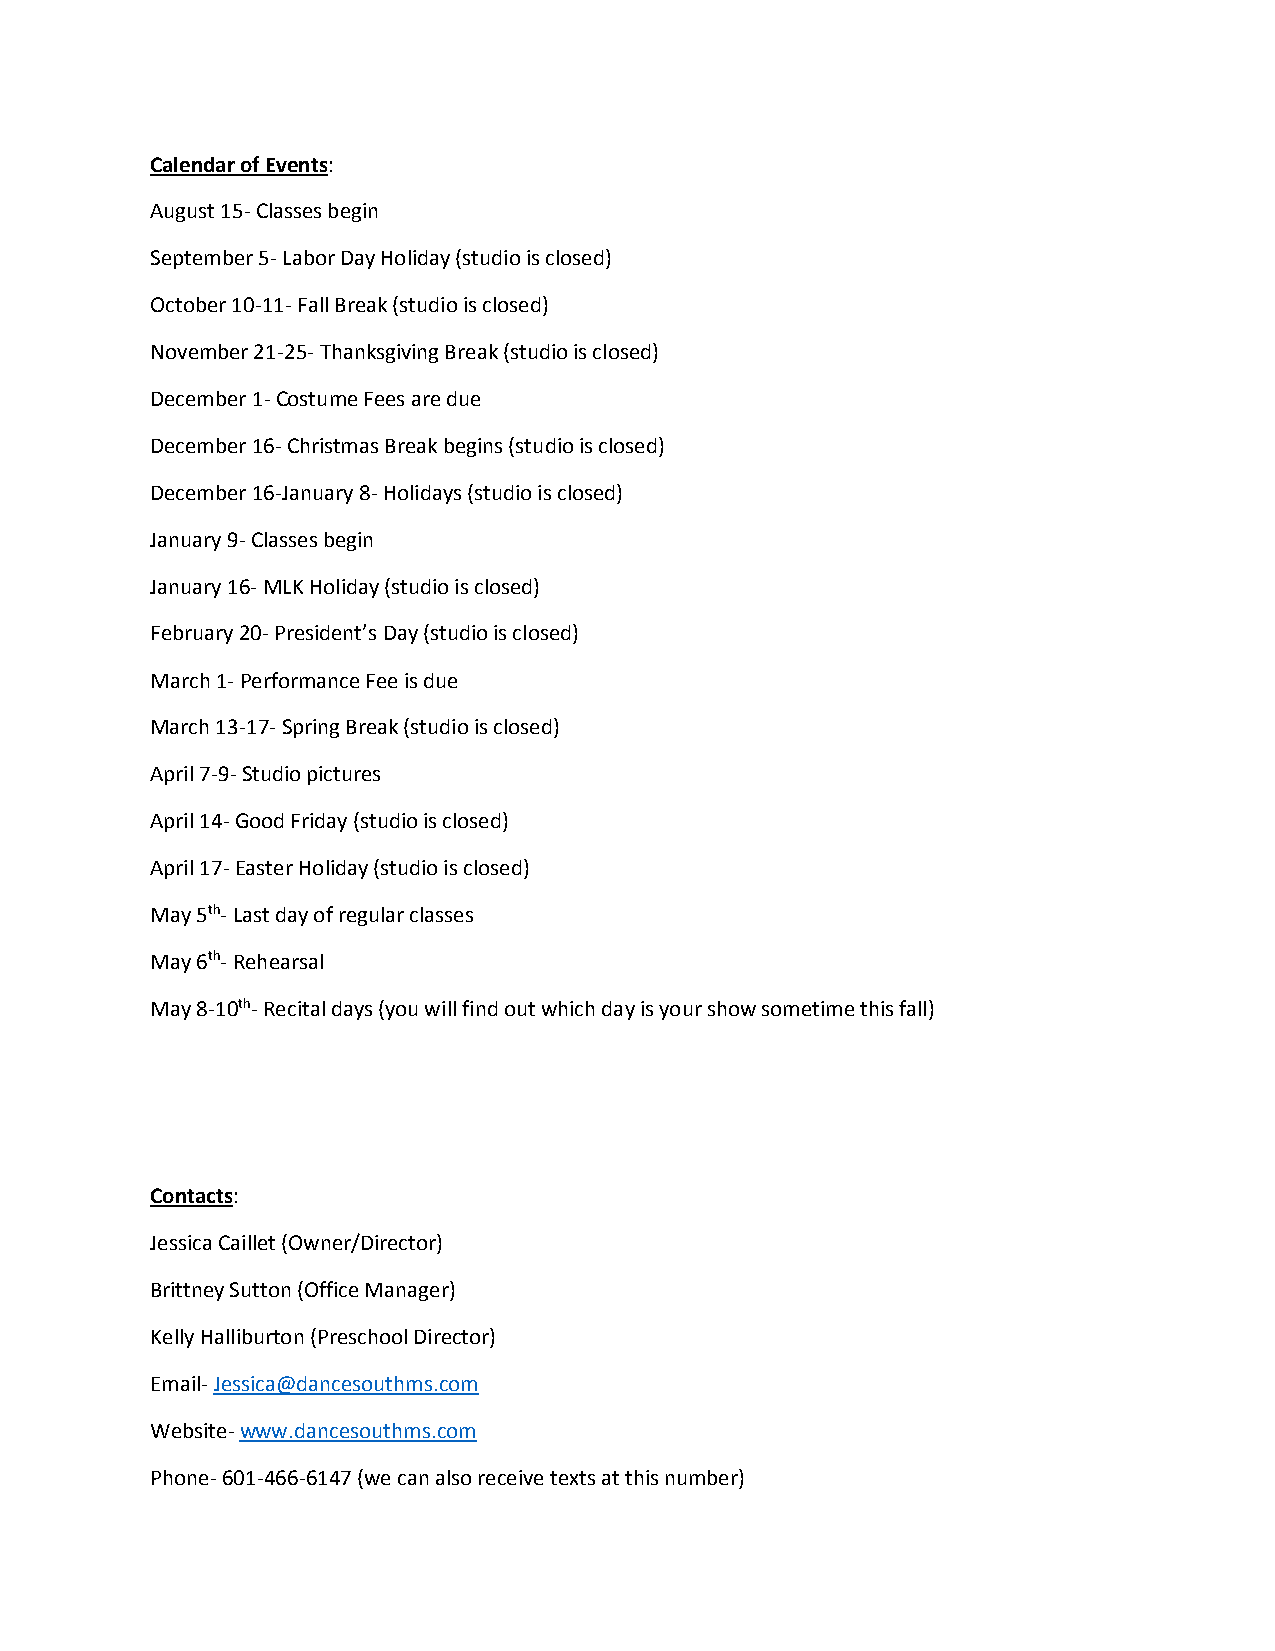
Calendar of Events:
 August 15- Classes begin
 September 5- Labor Day Holiday (studio is closed)
 October 10-11- Fall Break (studio is closed)
 November 21-25- Thanksgiving Break (studio is closed)
 December 1- Costume Fees are due
 December 16- Christmas Break begins (studio is closed)
 December 16-January 8- Holidays (studio is closed)
 January 9- Classes begin
 January 16- MLK Holiday (studio is closed)
 February 20- President’s Day (studio is closed)
 March 1- Performance Fee is due
 March 13-17- Spring Break (studio is closed)
 April 7-9- Studio pictures
 April 14- Good Friday (studio is closed)
 April 17- Easter Holiday (studio is closed)
 May 5th- Last day of regular classes
 May 6th- Rehearsal
 May 8-10th- Recital days (you will find out which day is your show sometime this fall)
 Contacts:
 Jessica Caillet (Owner/Director)
 Brittney Sutton (Office Manager)
 Kelly Halliburton (Preschool Director)
 Email- Jessica@dancesouthms.com
 Website- www.dancesouthms.com
 Phone- 601-466-6147 (we can also receive texts at this number)